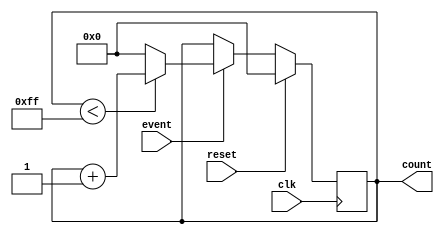
module event_counter (
    input wire clk,            // Clock input
    input wire reset,          // Reset input
    input wire event,          // Event input signal
    output reg [7:0] count     // Output count value (8-bit for example)
);

    // Parameter for maximum count value
    parameter MAX_COUNT = 255; // Maximum count value (8-bit)

    // Synchronous reset and counting logic
    always @(posedge clk) begin
        if (reset) begin
            count <= 8'b0;      // Reset count to zero
        end else if (event) begin
            if (count < MAX_COUNT) begin
                count <= count + 1; // Increment count
            end else begin
                count <= 8'b0; // Wrap around if max count is reached
            end
        end
    end

endmodule